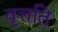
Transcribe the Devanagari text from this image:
वृत्तति